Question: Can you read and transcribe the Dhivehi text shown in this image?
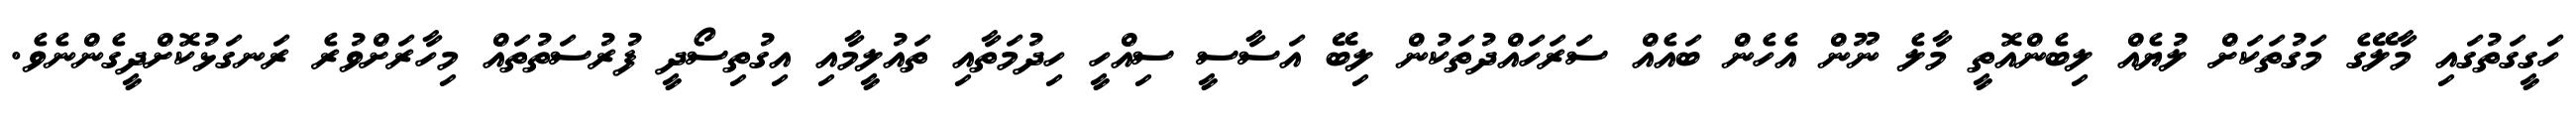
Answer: ހަގީގަތުގައި މާލޭގެ މަގުތަކަށް ލުޔެއް ލިބެންއޮތީ މާލެ ނޫން އެހެން ބައެއް ސަރަހައްދުތަކުން ލިބޭ އަސާސީ ސިއްހީ ހިދުމަތާއި ތައުލީމާއި އިގުތިސޯދީ ފުރުސަތުތައް މިހާރަށްވުރެ ރަނގަޅުކޮށްދީގެންނެވެ.